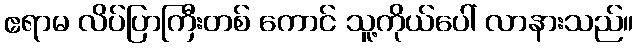
ဧရာမ လိပ်ပြာကြီးတစ် ကောင် သူ့ကိုယ်ပေါ် လာနားသည်။